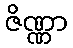
ဇိဏ္ဏာ